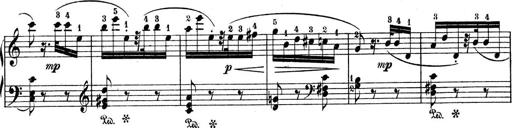
Title: 9 Sonatinen
Composer: Alexander Winterberger